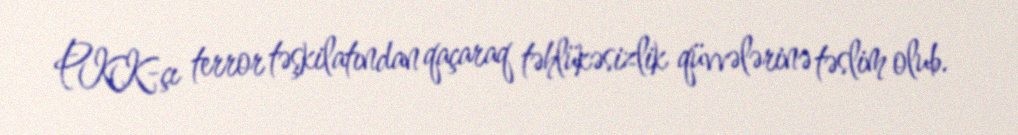
PKK-çı terror təşkilatından qaçaraq təhlükəsizlik qüvvələrinə təslim olub.